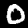
Digit: 0